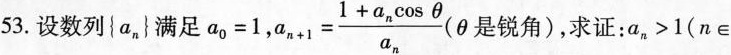
53.设数列{a_{n}}满足$$a_{0}=1 $$,$$a_{n+1}= \frac{1+a_{n}\cos \theta}{a_{n}}$$ (\theta 是锐角)，求证：$$a_{n}>1$$(n \in